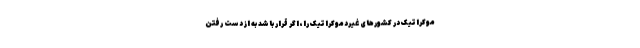
موکراتیک در کشورهای غیردموکراتیک را، اگر قرار باشد به از دست رفتن